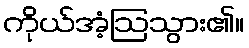
ကိုယ်အံ့ဩသွား၏။